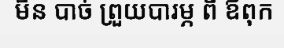
មិន បាច់ ព្រួយបារម្ភ ពី ឪពុក